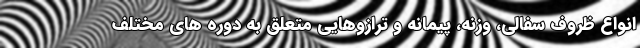
انواع ظروف سفالی، وزنه، پیمانه و ترازوهایی متعلق به دوره های مختلف